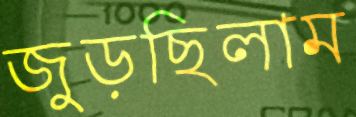
জুড়ছিলাম